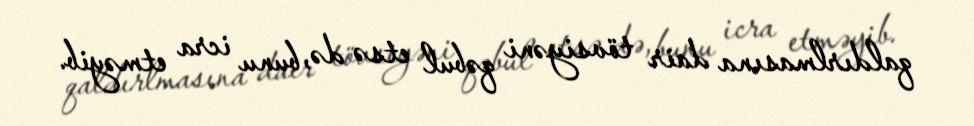
qaldırlmasına dair tövsiyəni qəbul etsə də, bunu icra etməyib.